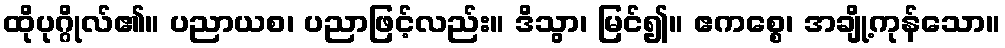
ထိုပုဂ္ဂိုလ်၏။ ပညာယစ၊ ပညာဖြင့်လည်း။ ဒိသွာ၊ မြင်၍။ ဧကစ္စေ၊ အချို့ကုန်သော။